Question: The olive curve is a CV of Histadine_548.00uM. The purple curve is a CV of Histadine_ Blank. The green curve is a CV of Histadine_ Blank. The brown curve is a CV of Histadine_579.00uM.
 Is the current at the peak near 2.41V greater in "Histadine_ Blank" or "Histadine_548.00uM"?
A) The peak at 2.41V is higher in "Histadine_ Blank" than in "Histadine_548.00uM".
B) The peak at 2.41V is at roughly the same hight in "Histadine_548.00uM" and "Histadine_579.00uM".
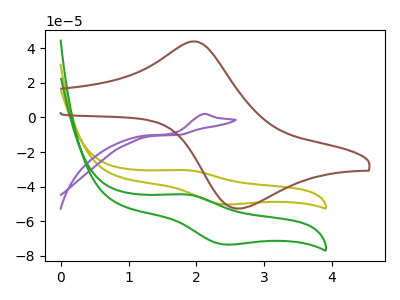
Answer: <think>The olive curve "Histadine_548.00uM" has an anodic peak at (1.85V, -30.40uA) and a cathodic peak at (2.40V, -50.15uA). The purple curve "Histadine_ Blank" has an anodic peak at: (2.10V, 2.00uA). The green curve "Histadine_ Blank" has an anodic peak at (1.85V, -44.45uA) and a cathodic peak at (2.40V, -73.30uA). The brown curve "Histadine_579.00uM" has an anodic peak at (1.95V, 43.90uA) and a cathodic peak at (2.65V, -52.65uA).</think>
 <answer>A) The peak at 2.41V is higher in "Histadine_ Blank" than in "Histadine_548.00uM".</answer>
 <eval>A</eval>